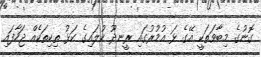
ގޮނުގެ މިބާވަތަކީ އޭގެ ޅަ އުމުރުގައި ރީނދޫ ކުލައިގެ ކަޅު ތިކިތަކެއް ޖަހާފައި